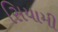
સિયામી